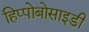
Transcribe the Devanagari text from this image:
हिप्पोबोसाइडी